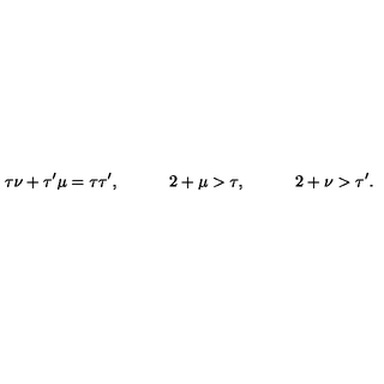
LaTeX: \tau \nu + \tau ^ { \prime } \mu = \tau \tau ^ { \prime } , \quad \qquad 2 + \mu > \tau , \quad \qquad 2 + \nu > \tau ^ { \prime } .